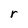
Character: r